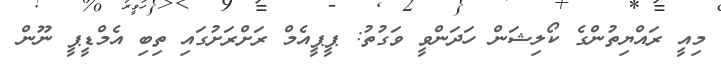
މިއީ ރައްޔިތުންގެ ކޯލިޝަން ހަދަންވީ ވަގުތު: ޕީޕީއެމް ރަށްރަށުގައި ތިބި އެމްޑީޕީ ނޫން